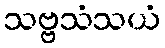
သဗ္ဗသံသယံ